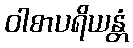
ဝါစာပရိယန္တံ